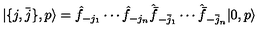
| \{ j , \bar { j } \} , p \rangle = \hat { f } _ { - j _ { 1 } } \cdots \hat { f } _ { - j _ { n } } \hat { \bar { f } } _ { - \bar { j } _ { 1 } } \cdots \hat { \bar { f } } _ { - \bar { j } _ { n } } | 0 , p \rangle